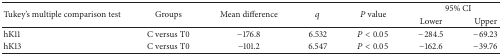
<table><thead><tr><td rowspan="2"><b>Tukey&#x27;s multiple comparison test</b></td><td rowspan="2"><b>Groups</b></td><td rowspan="2"><b>Mean difference</b></td><td rowspan="2"><b><i>q</i></b></td><td rowspan="2"><b><i>P</i> value</b></td><td colspan="2"><b>95% CI</b></td></tr><tr><td><b>Lower</b></td><td><b>Upper</b></td></tr></thead><tbody><tr><td>hK11</td><td>C versus T0</td><td>−176.8</td><td>6.532</td><td><i>P</i> &lt; 0.05</td><td>−284.5</td><td>−69.23</td></tr><tr><td>hK13</td><td>C versus T0</td><td>−101.2</td><td>6.547</td><td><i>P</i> &lt; 0.05</td><td>−162.6</td><td>−39.76</td></tr></tbody></table>